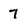
Character: 7